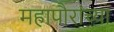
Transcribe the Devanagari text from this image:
महापौरांच्या